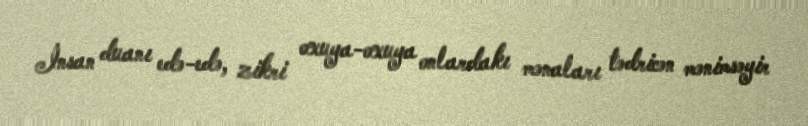
İnsan duanı edə-edə, zikri oxuya-oxuya onlardakı mənaları tədricən mənimsəyir